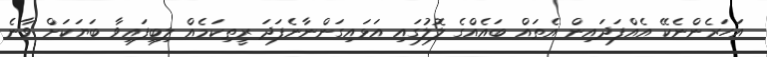
އަހަރެންނެކޭ އެއްފަދައިން އެތައް ބައެއްގެ ލޮލުގައި އަޅައިގަންނާނެފަދަ ރީތިކަމެއް ލިބިފައިވާ ބަޔަކަށް ވާނެ